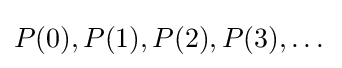
P(0),P(1),P(2),P(3),\dots